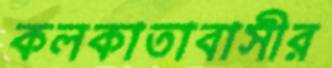
কলকাতাবাসীর